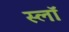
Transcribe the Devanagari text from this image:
स्लॉ